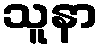
သူနာ